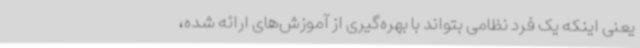
یعنی اینکه یک فرد نظامی بتواند با بهره‌گیری از آموزش‌های ارائه شده،